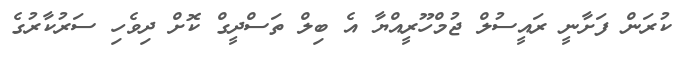
ކުރަން ފަށާނީ ރައީސުލް ޖުމްހޫރީއްޔާ އެ ބިލް ތަސްދީގް ކޮށް ދިވެހި ސަރުކާރުގެ